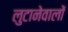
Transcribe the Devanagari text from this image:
लुटानेवालों